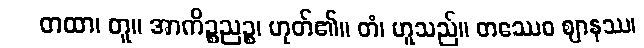
တထာ၊ တူ။ အာကိဉ္စညဉ္စ၊ ဟုတ်၏။ တံ၊ ဟူသည်။ တဿေဝ ဈာနဿ၊